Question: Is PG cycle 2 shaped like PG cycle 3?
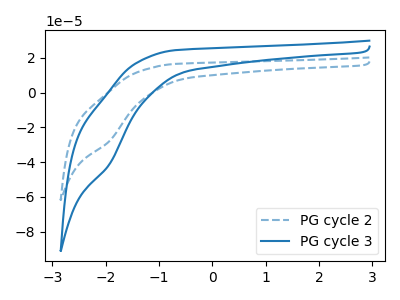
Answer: <think>The blue dashed curve "PG cycle 2" has a cathodic peak at: (-1.90V, -27.70uA). The blue curve "PG cycle 3" has a cathodic peak at: (-1.90V, -40.95uA).
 All the peaks in "PG cycle 2" have a peak in "PG cycle 3" at the same potential. Every peak in "PG cycle 2" is lower than every peak in "PG cycle 3".</think>
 <answer>"PG cycle 2" and "PG cycle 3" are similar in shape.</answer>
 <eval>same_shape</eval>